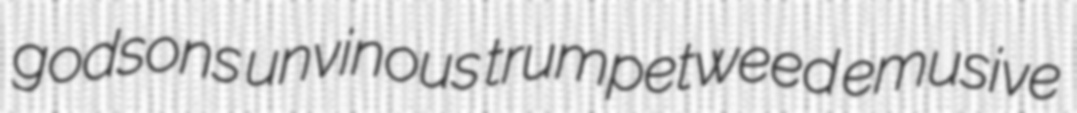
godsons unvinous trumpetweed emusive